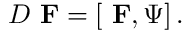
D \mathrm { { \bf ~ F } } = \left[ \mathrm { { \bf ~ F } } , \Psi \right] .